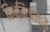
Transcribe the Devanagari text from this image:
विश्वमित्राकडे